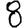
Digit: 8